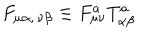
F _ { \mu \alpha , \, \nu \beta } \equiv F _ { \mu \nu } ^ { a } T _ { \alpha \beta } ^ { a }